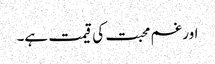
اور غم محبت کی قیمت ہے۔